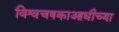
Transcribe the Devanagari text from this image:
विश्वचषकाआधीच्या